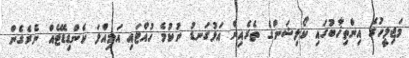
މަޖިލީހުގެ އިންތިޚާބުގައި ކޯލިޝަންގެ ތެރެއިން އަޅުގަނޑު ނުކުމެ ހުއްޓައި އަމިއްލަ ކެންޑިޑޭޓެއް ނެރެގެން